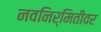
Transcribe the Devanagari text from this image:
नवनिर्मितीवर